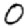
Digit: 0